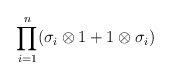
\begin{align*}\prod_{i=1}^n (\sigma_i \otimes 1 + 1 \otimes \sigma_i)\end{align*}